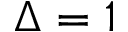
\Delta = 1